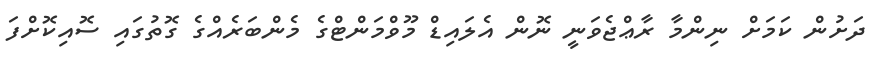
ދަށުން ކަމަށް ނިންމާ ރާޢްޖެވަނީ ނޮން އެލައިޑް މޫވްމަންޓްގެ މެންބަރެއްގެ ގޮތުގައި ސޮއިކޮށްފަ